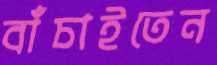
বাঁচাইতেন